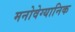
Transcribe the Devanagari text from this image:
मनोवेग्यानिक